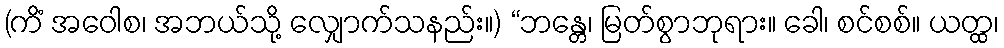
(ကိံ အဝေါစ၊ အဘယ်သို့ လျှောက်သနည်း။) “ဘန္တေ၊ မြတ်စွာဘုရား။ ခေါ၊ စင်စစ်။ ယတ္ထ၊